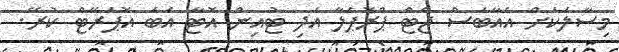
މިސާލަކަށް އެއާބަސް ޖެޓް ޕްރޮޕެލާ އަދި ޓުއިން އޮޓާ އެބަ އޮޕަރޭޓް ކުރޭ.